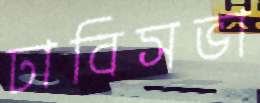
ঢাবিসভা